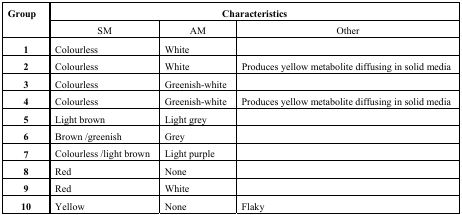
<table><thead><tr><td rowspan="2"><b>Group</b></td><td colspan="3"><b>Characteristics</b></td></tr><tr><td><b>SM</b></td><td><b>AM</b></td><td><b>Other</b></td></tr></thead><tbody><tr><td><b>1</b></td><td>Colourless</td><td>White</td><td></td></tr><tr><td><b>2</b></td><td>Colourless</td><td>White</td><td>Produces yellow metabolite diffusing in solid media</td></tr><tr><td><b>3</b></td><td>Colourless</td><td>Greenish-white</td><td></td></tr><tr><td><b>4</b></td><td>Colourless</td><td>Greenish-white</td><td>Produces yellow metabolite diffusing in solid media</td></tr><tr><td><b>5</b></td><td>Light brown</td><td>Light grey</td><td></td></tr><tr><td><b>6</b></td><td>Brown /greenish</td><td>Grey</td><td></td></tr><tr><td><b>7</b></td><td>Colourless /light brown</td><td>Light purple</td><td></td></tr><tr><td><b>8</b></td><td>Red</td><td>None</td><td></td></tr><tr><td><b>9</b></td><td>Red</td><td>White</td><td></td></tr><tr><td><b>10</b></td><td>Yellow</td><td>None</td><td>Flaky</td></tr></tbody></table>